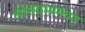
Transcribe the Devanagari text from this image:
श्रीमद्भागवद्